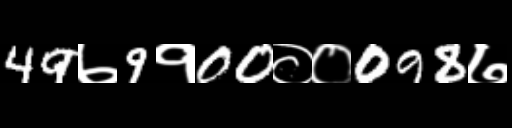
Text: 49७9१00००098७